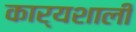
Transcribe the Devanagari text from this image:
कार्यशाली